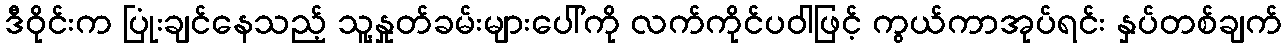
ဒီဝိုင်းက ပြုံးချင်နေသည့် သူ့နှုတ်ခမ်းများပေါ်ကို လက်ကိုင်ပဝါဖြင့် ကွယ်ကာအုပ်ရင်း နှပ်တစ်ချက်